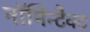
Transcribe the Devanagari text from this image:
नॉमिन्टैक्ट